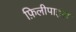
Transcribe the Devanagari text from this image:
फ़िलीपाइंस